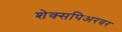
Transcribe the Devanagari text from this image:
शेक्सपिअरवर